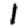
Digit: 1